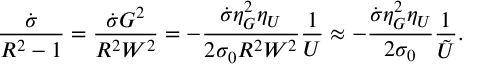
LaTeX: \frac { \dot { \sigma } } { R ^ { 2 } - 1 } = \frac { \dot { \sigma } G ^ { 2 } } { R ^ { 2 } W ^ { 2 } } = - \frac { \dot { \sigma } \eta _ { G } ^ { 2 } \eta _ { U } } { 2 \sigma _ { 0 } R ^ { 2 } W ^ { 2 } } \frac { 1 } { U } \approx - \frac { \dot { \sigma } \eta _ { G } ^ { 2 } \eta _ { U } } { 2 \sigma _ { 0 } } \frac { 1 } { \tilde { U } } .